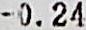
-0.24